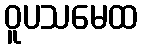
ဝူပသမေထ